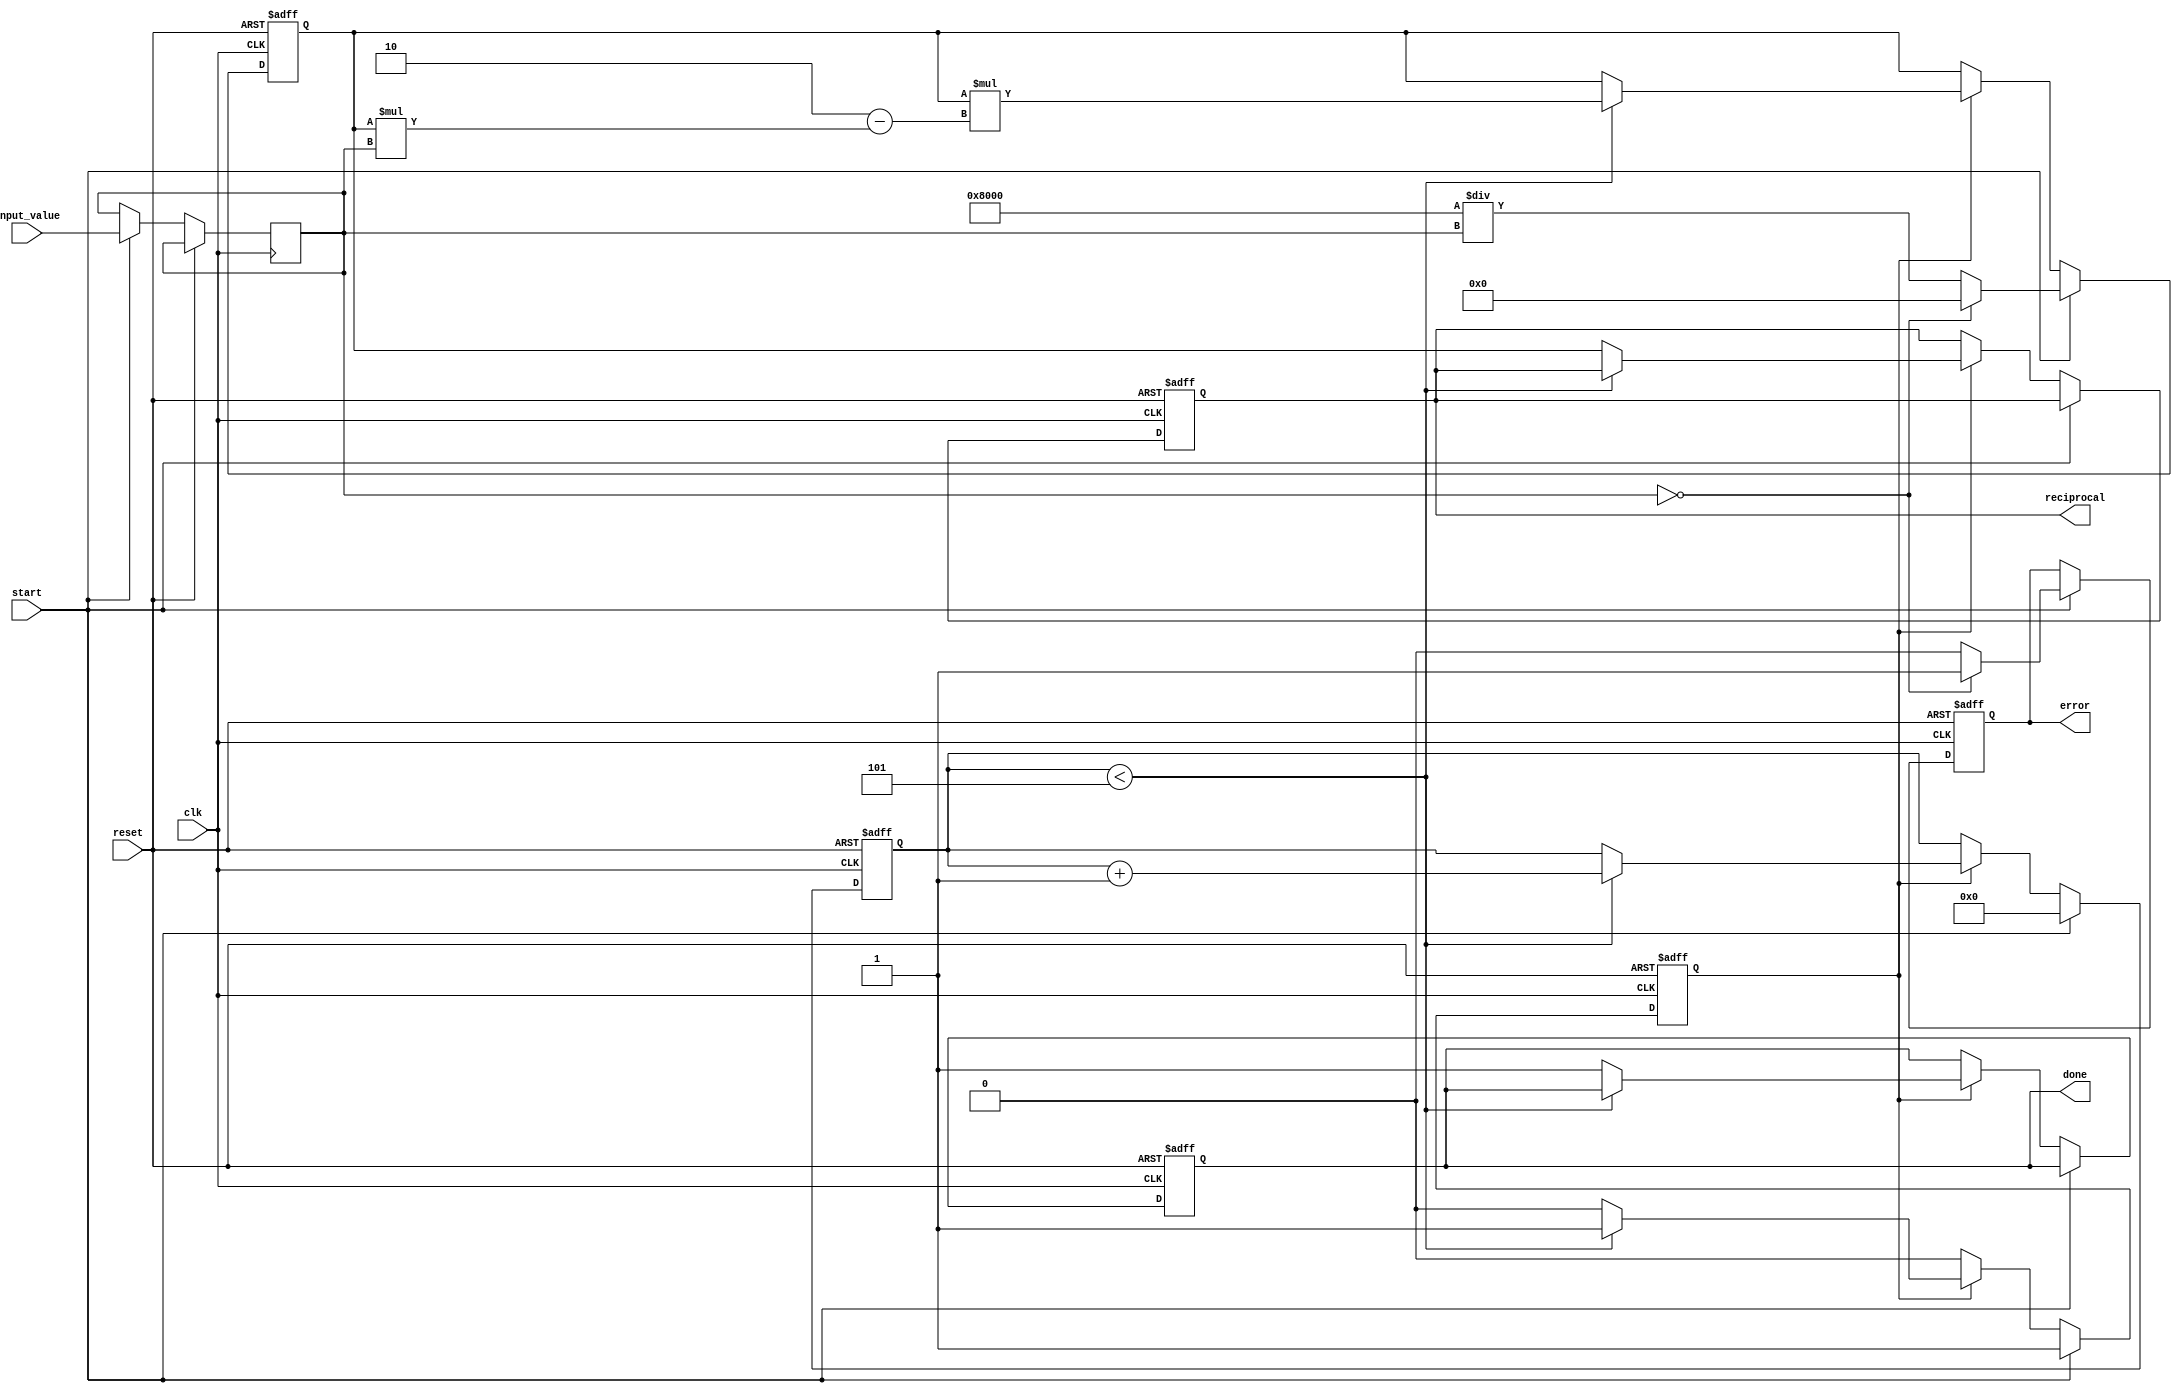
module iterative_reciprocal #(
    parameter N = 16,        // Number of bits for input
    parameter M = 16,        // Number of bits for output
    parameter ITERATIONS = 5 // Number of iterations for refinement
)(
    input wire clk,
    input wire reset,
    input wire start,
    input wire [N-1:0] input_value, // Fixed-point input
    output reg [M-1:0] reciprocal,   // Fixed-point reciprocal output
    output reg done,                  // Indicates the operation is complete
    output reg error                  // Indicates an error (e.g., zero input)
);

    reg [M-1:0] estimate;             // Current estimate of reciprocal
    reg [N-1:0] A;                     // Input value
    reg [3:0] iteration_count;         // Iteration counter
    reg calculating;                   // State variable for calculating

    // Initial Estimate using a simple algorithm
    function [M-1:0] initial_estimate;
        input [N-1:0] val;
        begin
            if (val == 0) 
                initial_estimate = {M{1'b0}}; // Handle zero input case
            else 
                initial_estimate = {1'b1, {M-1{1'b0}}} / val; // Simple initial estimate
        end
    endfunction

    // Iterative Reciprocal Calculation
    always @(posedge clk or posedge reset) begin
        if (reset) begin
            reciprocal <= 0;
            done <= 0;
            error <= 0;
            estimate <= 0;
            iteration_count <= 0;
            calculating <= 0;
        end else if (start) begin
            A <= input_value;
            estimate <= initial_estimate(A);
            iteration_count <= 0;
            calculating <= 1;
            error <= (A == 0) ? 1'b1 : 1'b0; // Set error if input is zero
        end else if (calculating) begin
            if (iteration_count < ITERATIONS) begin
                // Update estimate using the formula: x_{n+1} = x_n * (2 - x_n * A)
                estimate <= estimate * (2 - estimate * A);
                iteration_count <= iteration_count + 1;
            end else begin
                reciprocal <= estimate;
                done <= 1;
                calculating <= 0;
            end
        end
    end
endmodule